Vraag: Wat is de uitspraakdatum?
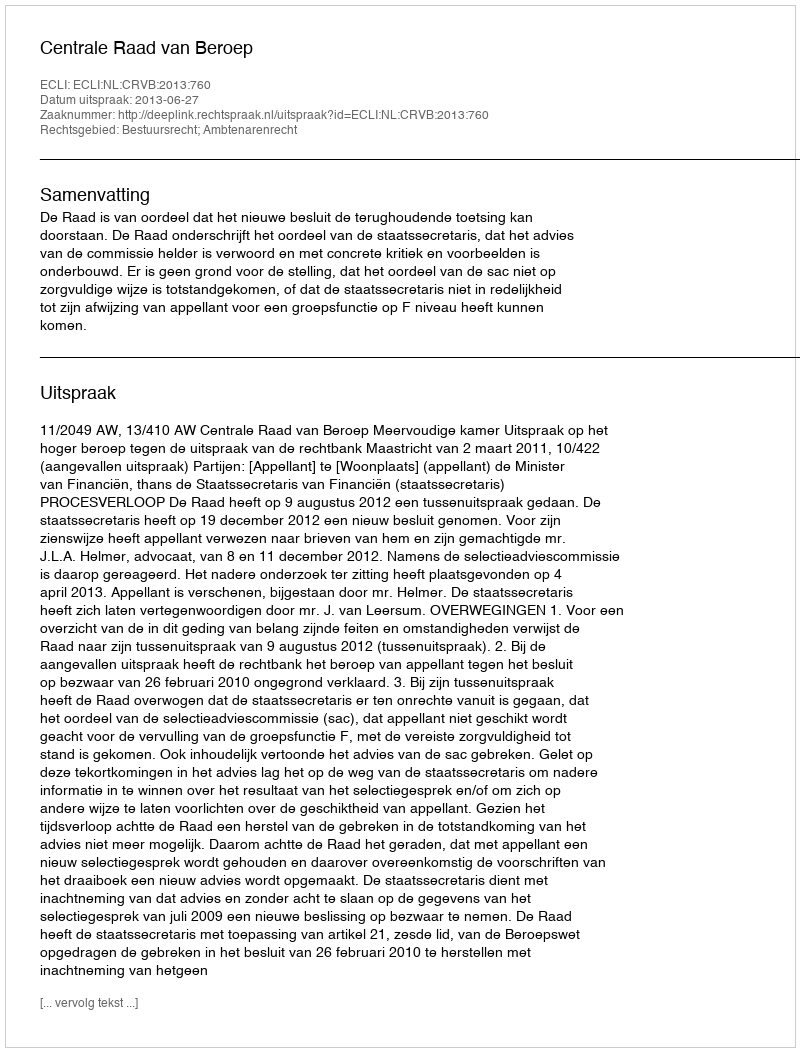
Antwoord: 2013-06-27